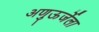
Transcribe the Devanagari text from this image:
अणुऊर्जेला